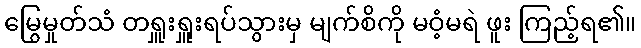
မြွေမှုတ်သံ တရှူးရှူးရပ်သွားမှ မျက်စိကို မဝံ့မရဲ ဖူး ကြည့်ရ၏။